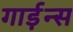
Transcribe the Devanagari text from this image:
गार्ड़न्स